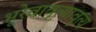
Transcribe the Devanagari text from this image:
भूरेवावृत्यावृत्य